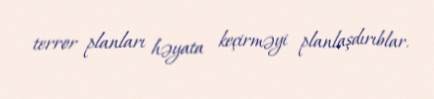
terror planları həyata keçirməyi planlaşdırıblar.